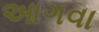
આગવા